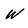
Character: W